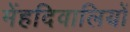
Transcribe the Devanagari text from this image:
मेंहदिवालियों